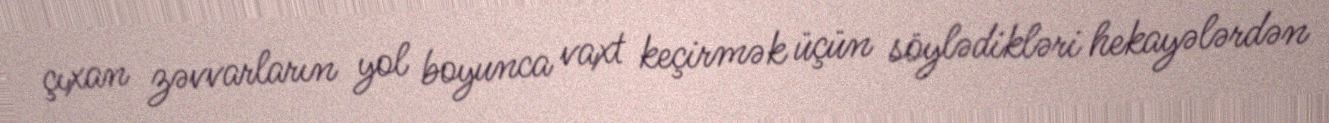
çıxan zəvvarların yol boyunca vaxt keçirmək üçün söylədikləri hekayələrdən